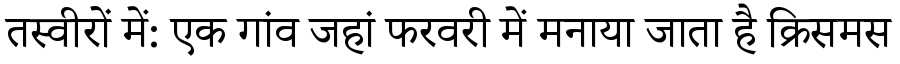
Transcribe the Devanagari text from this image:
तस्वीरों में: एक गांव जहां फरवरी में मनाया जाता है क्रिसमस